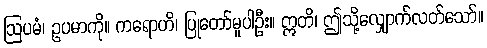
ဩပမံ၊ ဥပမာကို။ ကရောဟိ၊ ပြုတော်မူပါဦး။ ဣတိ၊ ဤသို့လျှောက်လတ်သော်။